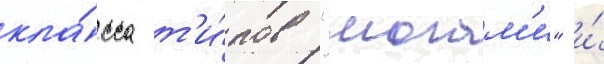
кла́сса т'и́пов "могам'и" и́